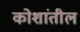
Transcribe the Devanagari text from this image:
कोशांतील